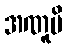
အဏူပိ